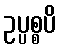
ဥပ္ပစ္စပိ